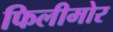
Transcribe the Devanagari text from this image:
फिलीमोर